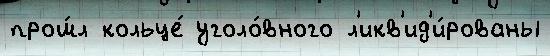
прош́л кольце́ уголо́вного л'икв'ид'и́рованы